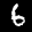
Label: 6